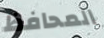
المحافظ